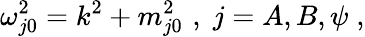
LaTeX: \omega_{j0}^{2}=k^{2}+m_{j0}^{2}\, \, ,\; j=A,B,\psi\; ,